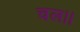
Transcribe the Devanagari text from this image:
चल।।